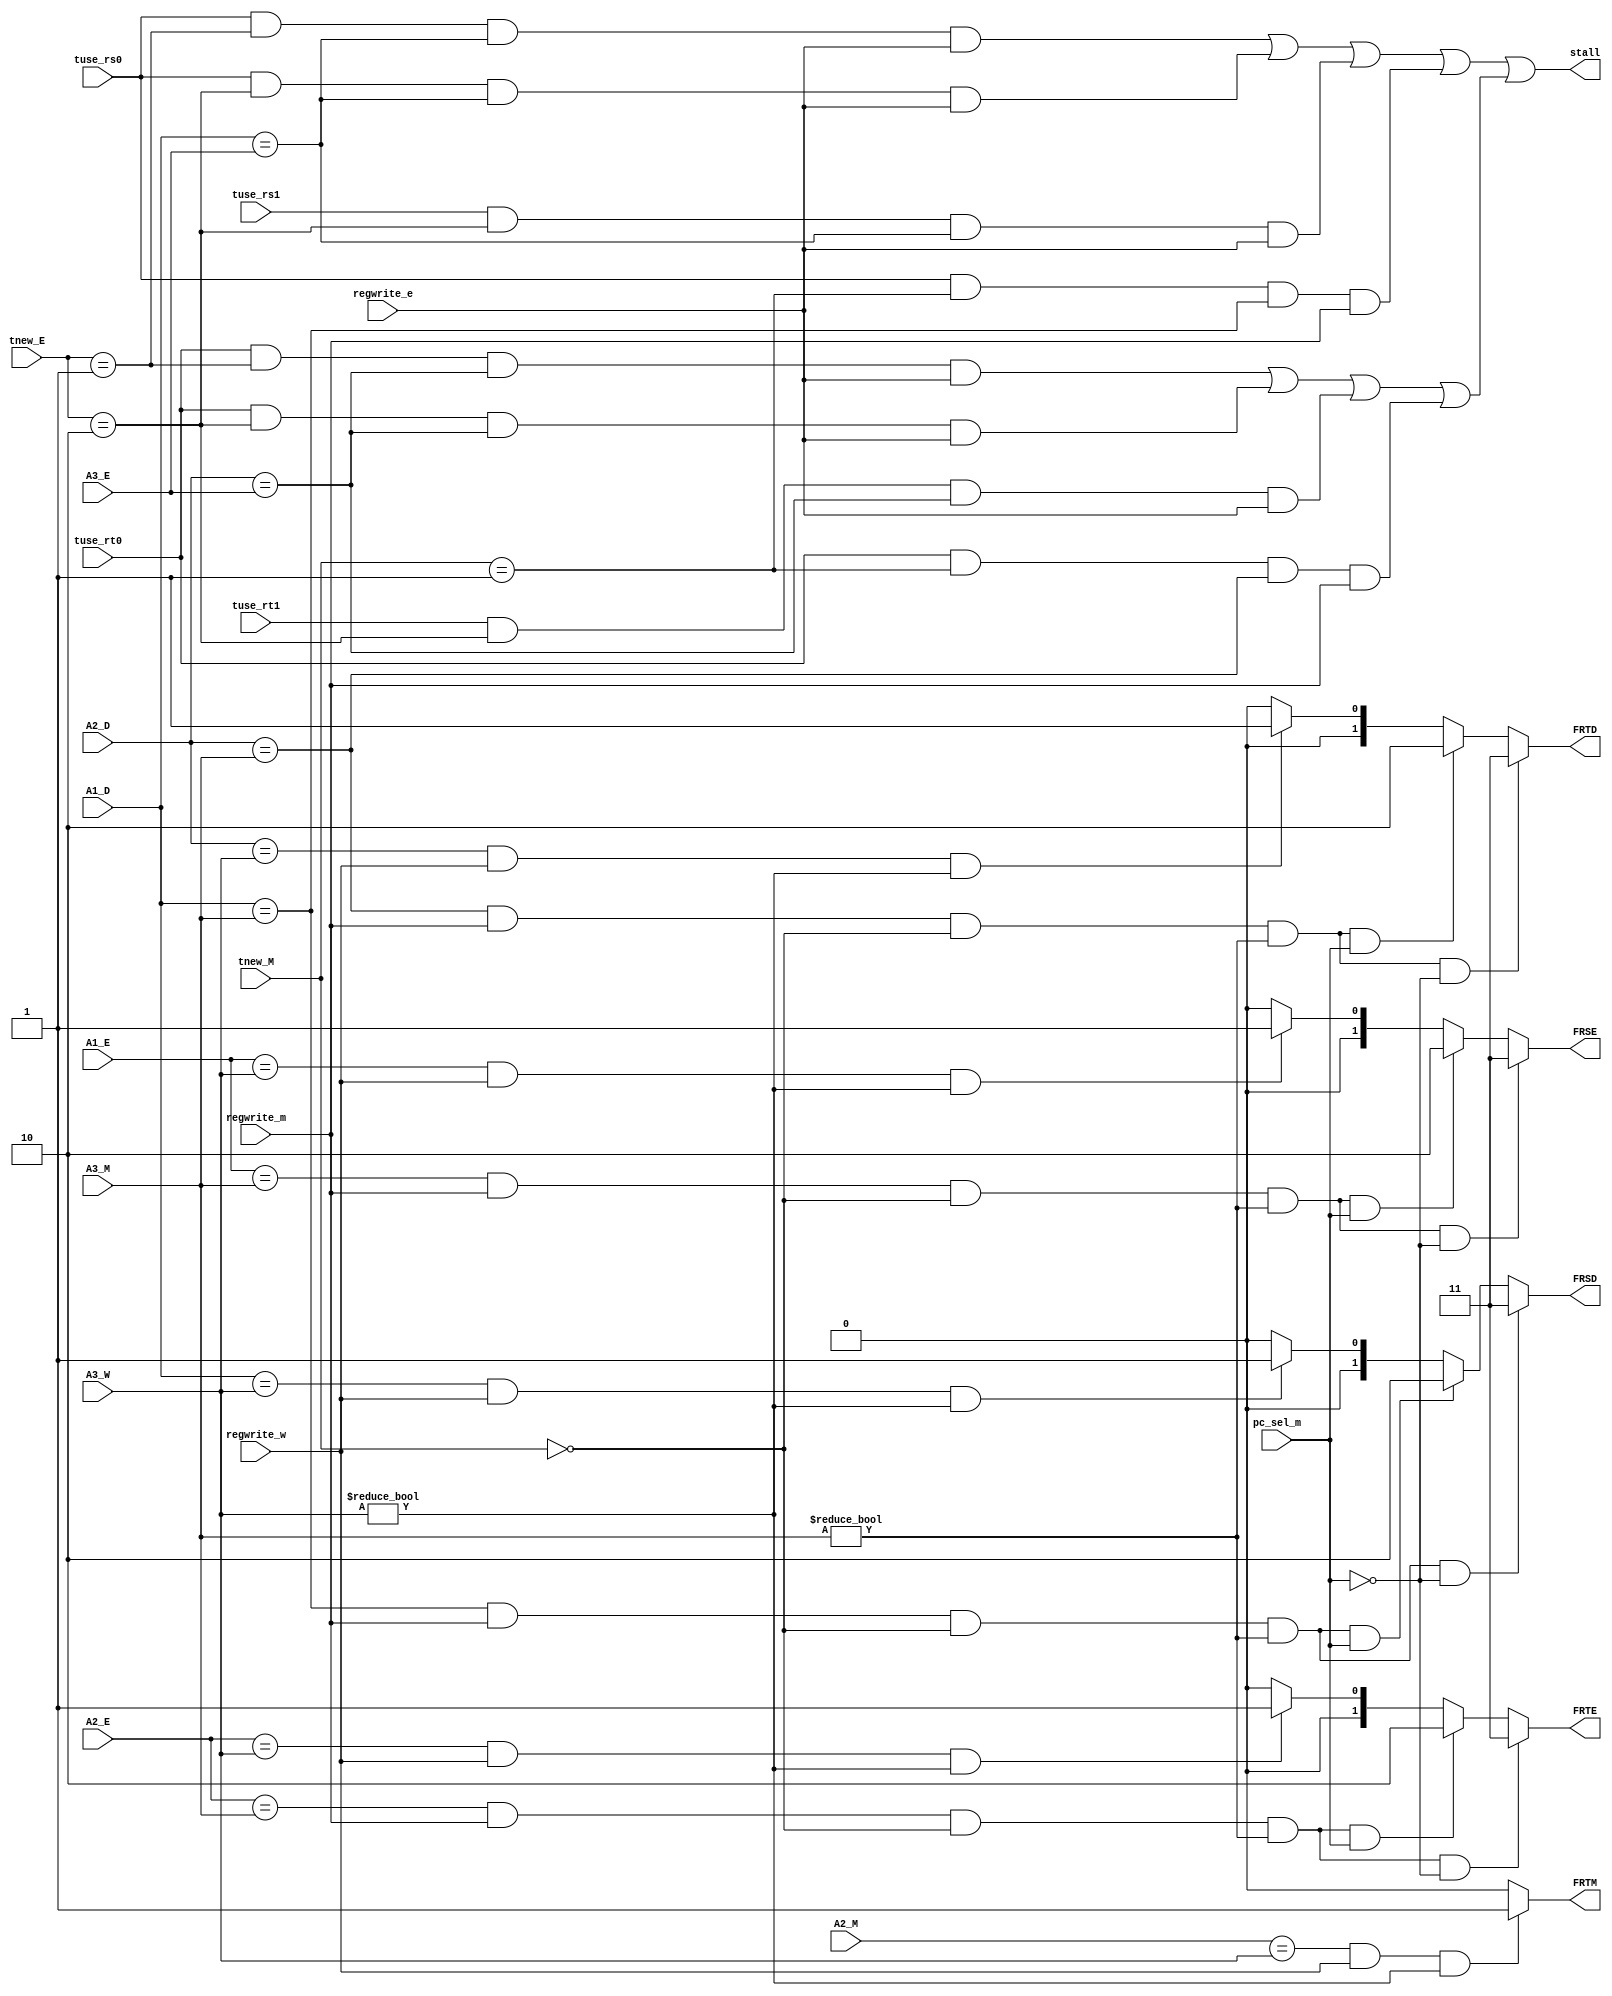
`timescale 1ns / 1ps
//////////////////////////////////////////////////////////////////////////////////
// Company: 
// Engineer: 
// 
// Design Name: 
// Module Name:    Stall_Forward 
// Project Name: 
// Target Devices: 
// Tool versions: 
// Description: 
//
// Dependencies: 
//
// Revision: 
// Revision 0.01 - File Created
// Additional Comments: 
//
//////////////////////////////////////////////////////////////////////////////////
module Stall_Forward(
    input tuse_rs0,
    input tuse_rs1,
    input tuse_rt0,
    input tuse_rt1,
    input [1:0] tnew_E,
    input [1:0] tnew_M,
    input [4:0] A1_D,
    input [4:0] A2_D,
    input [4:0] A1_E,
    input [4:0] A2_E,
	 input [4:0] A3_E,
    input [4:0] A2_M,
    input [4:0] A3_M,
    input [4:0] A3_W,
	 input regwrite_e,
    input regwrite_m,
    input regwrite_w,
	 input pc_sel_m,		//0:shunxu 1:jump;branch;
    output stall,
    output [1:0] FRSD,
    output [1:0] FRTD,
    output [1:0] FRSE,
    output [1:0] FRTE,
    output FRTM
    );
	 //Stall
	 wire stall_rs0_e1;
	 wire stall_rs0_e2;
	 wire stall_rs1_e2;
	 wire stall_rs0_m1;
	 wire stall_rt0_e1;
	 wire stall_rt0_e2;
	 wire stall_rt1_e2;
	 wire stall_rt0_m1;
	 wire stall_rs;
	 wire stall_rt;
	 
	 assign stall_rs0_e1=tuse_rs0&(tnew_E==2'b01)&(A1_D==A3_E)&regwrite_e;
	 assign stall_rs0_e2=tuse_rs0&(tnew_E==2'b10)&(A1_D==A3_E)&regwrite_e;
	 assign stall_rs1_e2=tuse_rs1&(tnew_E==2'b10)&(A1_D==A3_E)&regwrite_e;
	 assign stall_rs0_m1=tuse_rs0&(tnew_M==2'b01)&(A1_D==A3_M)&regwrite_m;
	 
	 assign stall_rt0_e1=tuse_rt0&(tnew_E==2'b01)&(A2_D==A3_E)&regwrite_e;
	 assign stall_rt0_e2=tuse_rt0&(tnew_E==2'b10)&(A2_D==A3_E)&regwrite_e;
	 assign stall_rt1_e2=tuse_rt1&(tnew_E==2'b10)&(A2_D==A3_E)&regwrite_e;
	 assign stall_rt0_m1=tuse_rt0&(tnew_M==2'b01)&(A2_D==A3_M)&regwrite_m;
	 
	 assign stall_rs=stall_rs0_e1|stall_rs0_e2|stall_rs1_e2|stall_rs0_m1;
	 assign stall_rt=stall_rt0_e1|stall_rt0_e2|stall_rt1_e2|stall_rt0_m1;
	 
	 assign stall=stall_rs|stall_rt;
	 //Forward
	 assign FRSD=((A1_D==A3_M)&(regwrite_m==1)&(tnew_M==2'b00)&(A3_M!=0)&(pc_sel_m==0))?3:
					 ((A1_D==A3_M)&(regwrite_m==1)&(tnew_M==2'b00)&(A3_M!=0)&(pc_sel_m==1))?2:
														  ((A1_D==A3_W)&(regwrite_w==1)&(A3_W!=0))?1:
																												 0;
	 assign FRTD=((A2_D==A3_M)&(regwrite_m==1)&(tnew_M==2'b00)&(A3_M!=0)&(pc_sel_m==0))?3:
					 ((A2_D==A3_M)&(regwrite_m==1)&(tnew_M==2'b00)&(A3_M!=0)&(pc_sel_m==1))?2:
														  ((A2_D==A3_W)&(regwrite_w==1)&(A3_W!=0))?1:
																												 0;
	 assign FRSE=((A1_E==A3_M)&(regwrite_m==1)&(tnew_M==2'b00)&(A3_M!=0)&(pc_sel_m==0))?3:
					 ((A1_E==A3_M)&(regwrite_m==1)&(tnew_M==2'b00)&(A3_M!=0)&(pc_sel_m==1))?2:
														  ((A1_E==A3_W)&(regwrite_w==1)&(A3_W!=0))?1:
																												 0;
	 assign FRTE=((A2_E==A3_M)&(regwrite_m==1)&(tnew_M==2'b00)&(A3_M!=0)&(pc_sel_m==0))?3:
					 ((A2_E==A3_M)&(regwrite_m==1)&(tnew_M==2'b00)&(A3_M!=0)&(pc_sel_m==1))?2:
														  ((A2_E==A3_W)&(regwrite_w==1)&(A3_W!=0))?1:
																												 0;
	 assign FRTM=((A2_M==A3_W)&(regwrite_w==1)&(A3_W!=0))?1:0;
		
endmodule